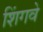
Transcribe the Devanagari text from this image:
शिंगवे